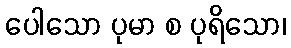
ပေါသော ပုမာ စ ပုရိသော၊